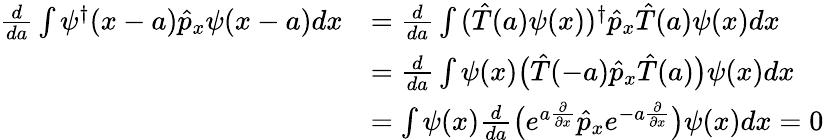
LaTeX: \begin{array}{rl}{{\frac{d}{da}}\int{\psi^{\dagger}(x-a)\hat{p}_{x}\psi(x-a)dx}}&{={\frac{d}{da}}\int{(\hat{T}(a)\psi(x))^{\dagger}\hat{p}_{x}\hat{T}(a)\psi(x)dx}}\\ &{={\frac{d}{da}}\int{\psi(x)\big(\hat{T}(-a)\hat{p}_{x}\hat{T}(a)\big)\psi(x)dx}}\\ &{=\int{\psi(x){\frac{d}{da}}\big(e^{a{\frac{\partial}{\partial x}}}\hat{p}_{x}e^{-a{\frac{\partial}{\partial x}}}\big)\psi(x)dx}=0}\end{array}